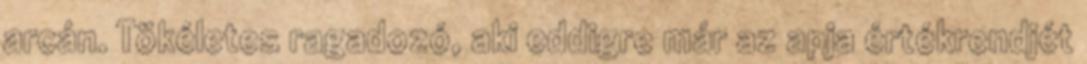
arcán. Tökéletes ragadozó, aki eddigre már az apja értékrendjét